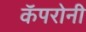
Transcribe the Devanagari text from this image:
कॅपरोनी